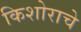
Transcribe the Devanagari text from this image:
किशोराचे